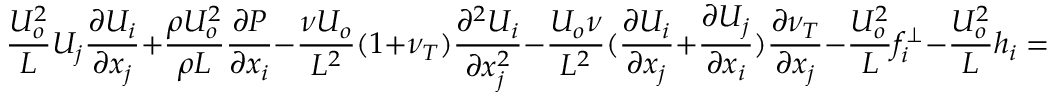
\frac { U _ { o } ^ { 2 } } { L } U _ { j } \frac { \partial U _ { i } } { \partial x _ { j } } + \frac { \rho U _ { o } ^ { 2 } } { \rho L } \frac { \partial P } { \partial x _ { i } } - \frac { \nu U _ { o } } { L ^ { 2 } } ( 1 + \nu _ { T } ) \frac { \partial ^ { 2 } U _ { i } } { \partial x _ { j } ^ { 2 } } - \frac { U _ { o } \nu } { L ^ { 2 } } ( \frac { \partial U _ { i } } { \partial x _ { j } } + \frac { \partial U _ { j } } { \partial x _ { i } } ) \frac { \partial \nu _ { T } } { \partial x _ { j } } - \frac { U _ { o } ^ { 2 } } { L } f _ { i } ^ { \perp } - \frac { U _ { o } ^ { 2 } } { L } h _ { i } = 0